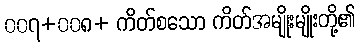
၀၀၇+၀၀၈+ ကိတ်စသော ကိတ်အမျိုးမျိုးတို့၏